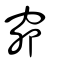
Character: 窌